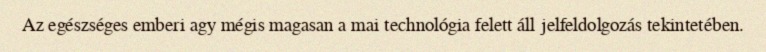
Az egészséges emberi agy mégis magasan a mai technológia felett áll jelfeldolgozás tekintetében.